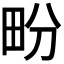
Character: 𤰪